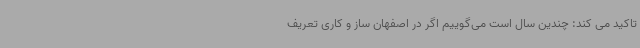
تاکید می کند: چندین سال است می‌گوییم اگر در اصفهان ساز و کاری تعریف